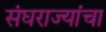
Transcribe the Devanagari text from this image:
संघराज्यांचा